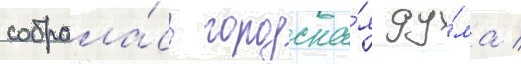
собрала́сь городска́я ду́ма /